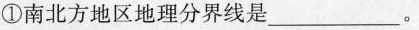
①南北方地区地理分界线是___。